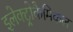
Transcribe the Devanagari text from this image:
इलेक्ट्रोकैमिकल